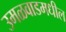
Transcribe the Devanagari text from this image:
उमळवाडमधील